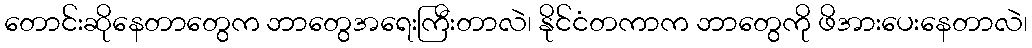
တောင်းဆိုနေတာတွေက ဘာတွေအရေးကြီးတာလဲ၊ နိုင်ငံတကာက ဘာတွေကို ဖိအားပေးနေတာလဲ၊